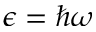
\epsilon = \hbar \omega